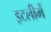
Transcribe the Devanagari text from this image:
इटलीमें